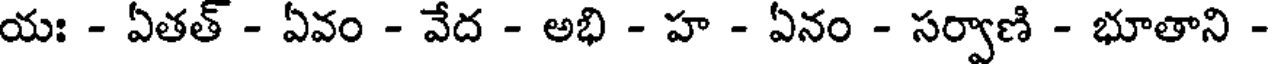
యః - ఏతత్ - ఏవం - వేద - అభి - హ - ఏనం - సర్వాణి - భూతాని -